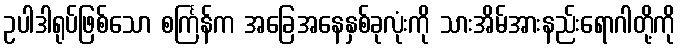
ဥပါဒါရုပ်ဖြစ်သော စင်္ကြန်က အခြေအနေနှစ်ခုလုံးကို သားအိမ်အားနည်းရောဂါတို့ကို